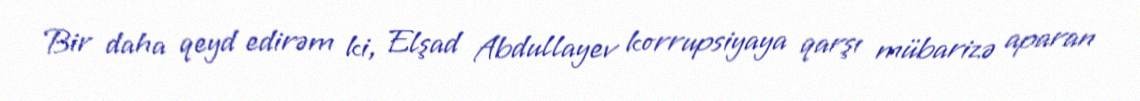
Bir daha qeyd edirəm ki, Elşad Abdullayev korrupsiyaya qarşı mübarizə aparan